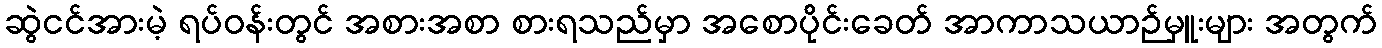
ဆွဲငင်အားမဲ့ ရပ်ဝန်းတွင် အစားအစာ စားရသည်မှာ အစောပိုင်းခေတ် အာကာသယာဉ်မှူးများ အတွက်